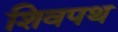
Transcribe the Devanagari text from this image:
शिवपथ